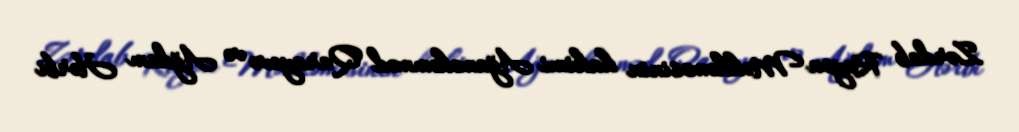
Zərdab Rayon Məhkəməsinin hakimi Ağaməhəmməd Qarayevə və Ağdam Hərbi